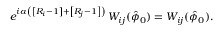
e ^ { i \alpha \left( \left[ R _ { i } - 1 \right] + \left[ R _ { j } - 1 \right] \right) } \, W _ { i j } ( \hat { \phi } _ { 0 } ) = W _ { i j } ( \hat { \phi } _ { 0 } ) .